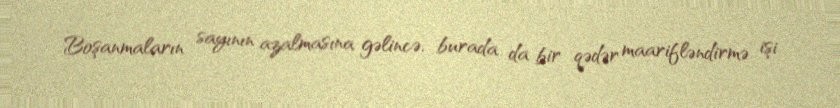
Boşanmaların sayının azalmasına gəlincə, burada da bir qədər maarifləndirmə işi